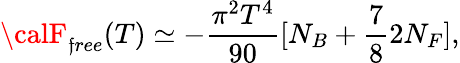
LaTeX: {\calF}_{\mathfrak{f}ree}(T)\simeq-{\frac{{\pi^{2}T^{4}}}{{90}}}[N_{B}+{\frac{{7}}{{8}}}2N_{F}],